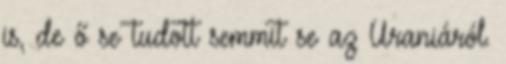
is, de ő se tudott semmit se az Uraniáról.